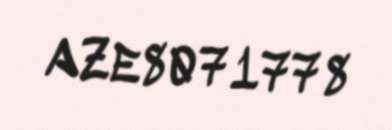
AZE8071778